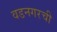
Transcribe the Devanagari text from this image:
वडनगरची